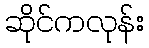
ဆိုင်ကလုန်း